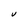
Character: V